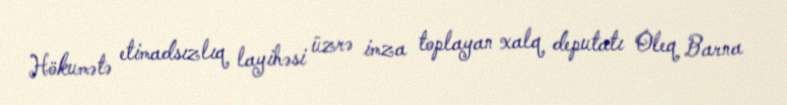
Hökumətə etimadsızlıq layihəsi üzrə imza toplayan xalq deputatı Oleq Barna